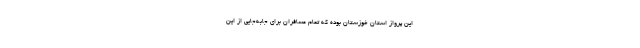
این پرواز استان خوزستان بوده که تمام مسافران برای جابه‌جایی از این